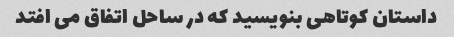
داستان کوتاهی بنویسید که در ساحل اتفاق می افتد